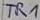
Text: TR1